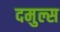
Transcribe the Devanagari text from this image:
दमुल्स